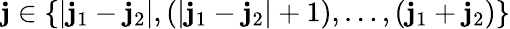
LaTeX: \mathbf{j}\in\left\{ \left|\mathbf{j}_{1}-\mathbf{j}_{2}\right|,\left(\left|\mathbf{j}_{1}-\mathbf{j}_{2}\right|+1\right),\ldots,\left(\mathbf{j}_{1}+\mathbf{j}_{2}\right)\right\}